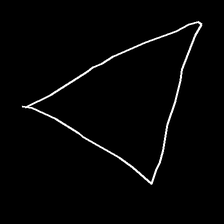
Glyph: convergence